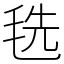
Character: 毨